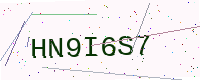
Text: HN9I6S7